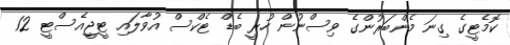
ކޮމެޓީގެ ގިނަ މެންބަރުންގެ ވިސްނުން ހުރީ ބެޑް ޓެކްސް އުވާލައި ޓީޖީއެސްޓީ 12